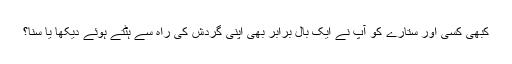
کبھی کسی اور ستارے کو آپ نے ایک بال برابر بھی اپنی گردش کی راہ سے ہٹتے ہوئے دیکھا یا سنا؟